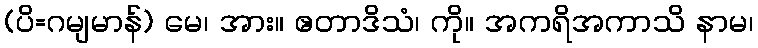
(ပိ=ဂမျမာန်) မေ၊ အား။ ဧတာဒိသံ၊ ကို။ အကရိအကာသိ နာမ၊